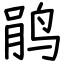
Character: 鹃